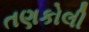
તણકોલી